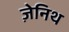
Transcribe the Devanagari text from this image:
ज़ेनिथ